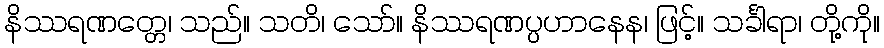
နိဿရဏတ္တေ၊ သည်။ သတိ၊ သော်။ နိဿရဏပ္ပဟာနေန၊ ဖြင့်။ သင်္ခါရာ၊ တို့ကို။